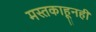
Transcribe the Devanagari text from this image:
मस्तकाहूनही